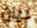
بيان